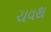
ચવથ